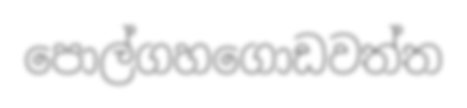
පොල්ගහගොඩවත්ත